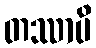
တဿာပိ